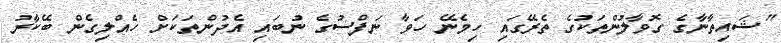
"ޝައިތާނާގެ ގޮވާލުންތަކުގެ ތެރޭގައި ހިމެނޭ ހަވާ ނަފްސުގެ ނުބައި އެދުންތަކަށް ހެއްލިގެން ބޭކާރު